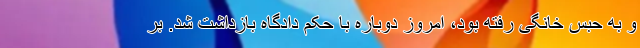
و به حبس خانگی رفته بود، امروز دوباره با حکم دادگاه بازداشت شد. بر